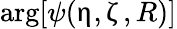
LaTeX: \mathrm{arg}[\psi(\upeta,\upzeta,R)]